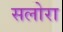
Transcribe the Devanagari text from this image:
सलोरा